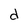
Character: d